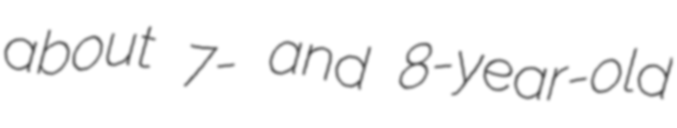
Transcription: about 7- and 8-year-old